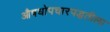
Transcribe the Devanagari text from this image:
औषधोपचारपद्धतीला